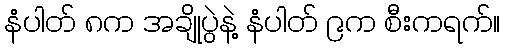
နံပါတ် ၈က အချိုပွဲနဲ့ နံပါတ် ၉က စီးကရက်။